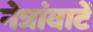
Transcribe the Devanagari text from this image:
नेत्रांवाटें